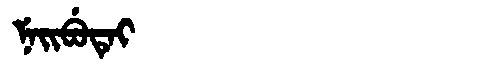
Manchu: ᠨᡝᡳᠪᡠᡨᡝᡳ
Romanization: NEIBUTEI